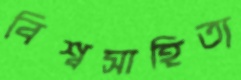
বিশ্বসাহিত্য